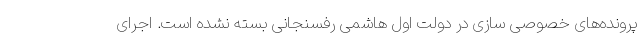
پرونده‌های خصوصی سازی در دولت اول هاشمی رفسنجانی بسته نشده است. اجرای